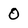
Character: 0